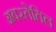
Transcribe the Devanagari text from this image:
अवस्तेतिल